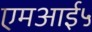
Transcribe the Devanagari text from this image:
एमआई५